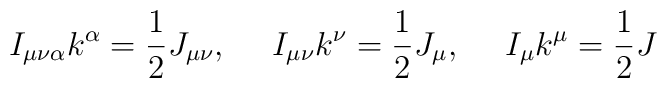
I_{\mu\nu\alpha}k^\alpha = \frac{1}{2}J_{\mu\nu}, \ \ \ \ I_{\mu\nu}k^\nu=\frac{1}{2}J_{\mu}, \ \ \ \   I_{\mu}k^\mu  = \frac{1}{2}J